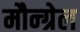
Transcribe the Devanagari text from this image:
मौन्ग्रेल